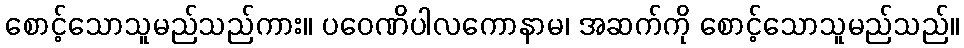
စောင့်သောသူမည်သည်ကား။ ပဝေဏိပါလကောနာမ၊ အဆက်ကို စောင့်သောသူမည်သည်။